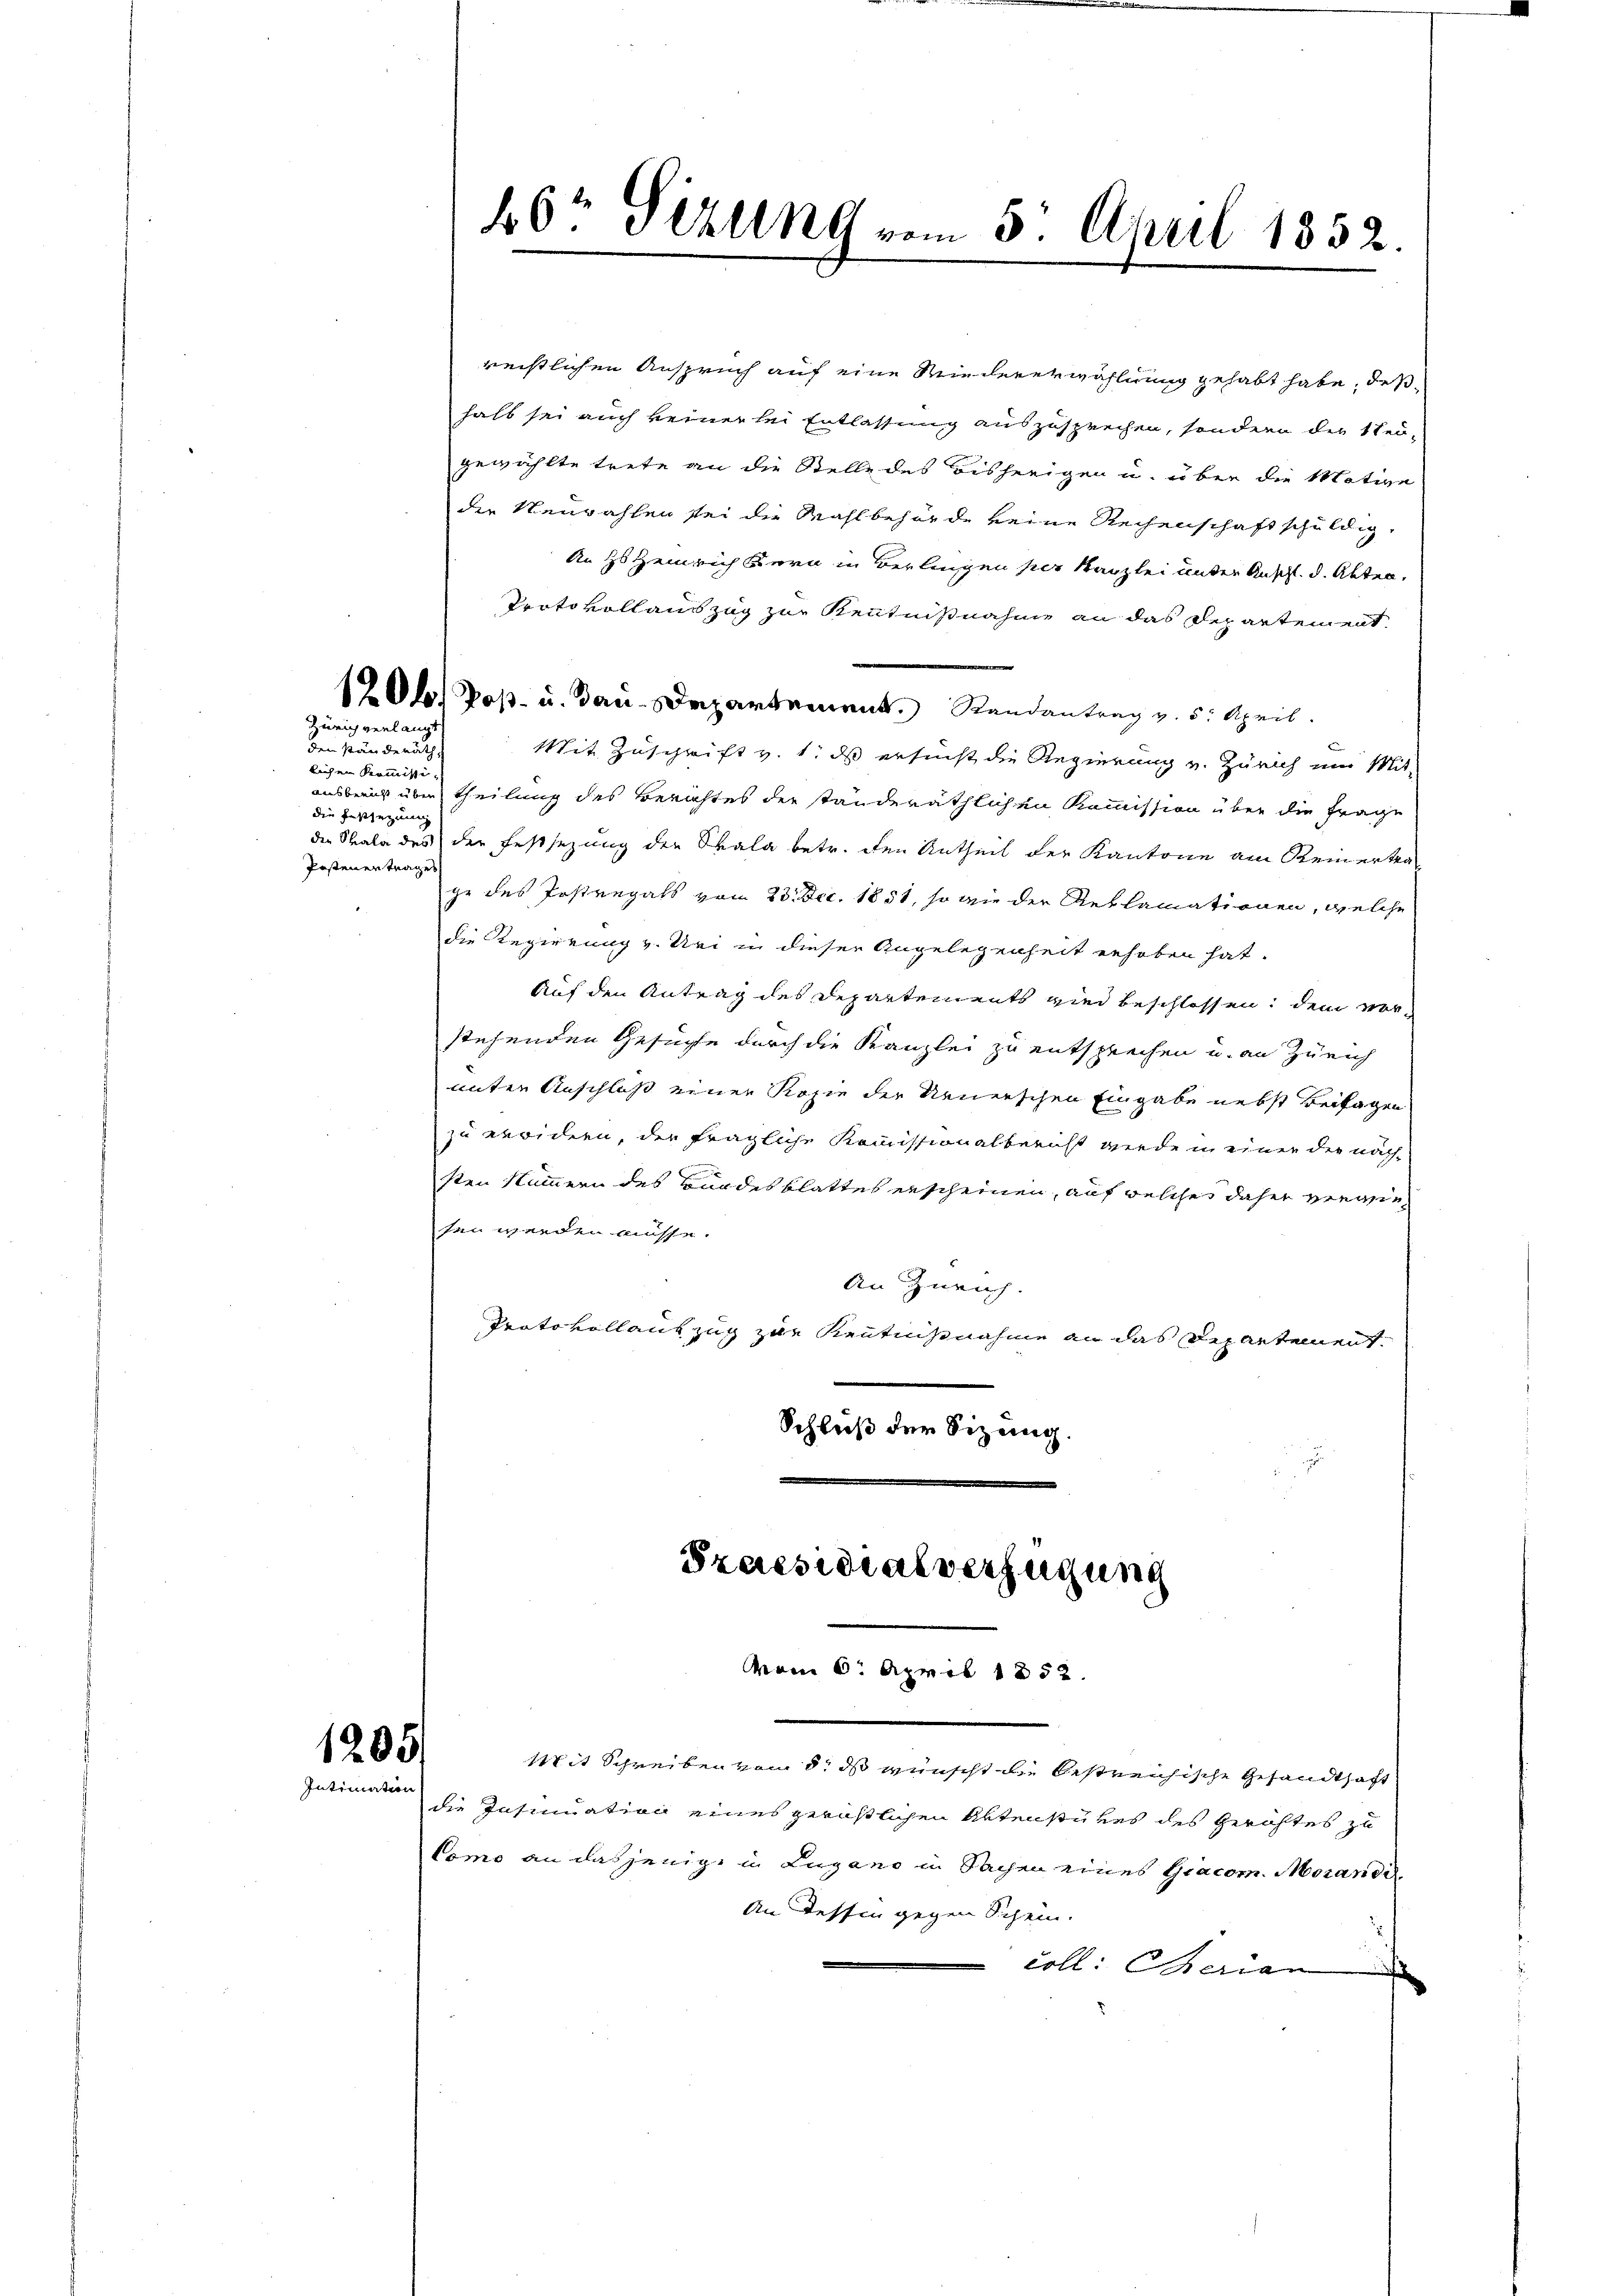
Zürich verlangt

den Ständerath,
lichen Kommission
die Festsezung
Postener trage

reistlichen Anspruch auf eine Wiedererwählung gehabt habe, deßhalb sei auch keiner bei Entlassung auszusprechen, sondern die Steugewählte trete an die Stelle des Bisherigen u. über die Motive
der Neuwahlen sei die Wahlbehörde keine Rechenschaft schuldig,
An Hs. Heinrich Bern in Berlingen per Kanzlei unter Anschl. d. Akten,
Protokollauszug zur Kenntnißnahme an das Departement.
120b) Poß- u. Bau-Departement. Randantrag v. 5. April.
Mit Zuschrift v. 1. ds ersucht die Regierung u. Zürich um Mitausbreis über theilung des Berichtes der ständeräthlichen Kommission über die Frage
die Sala des der Festsezung der Skala betr. den Antheil der Kantone am Reinertra
ge des Instregals vom 23. Dec. 1851, so wie der Reklamationen, welche
die Regierung v. Uri in dieser Angelegenheit erhoben hat.
Auf den Antrag des Departements wird beschlossen, dem vor-
stehenden Gesuche durch die Kanzlei zu entsprechen u. an Zürich
unter Anschluß einer Kopie der Neuerschen Eingabe nebst Beilagen
zu weridern, der fragliche Kommissionalbericht werde in einer die nächsten Nummern des Bundesblattes erscheinen, auf welches daher verwiefen werden müsse.
An Zürich.
Protokollauszug zur Kenntnisnahme an das Departement.
Schluß der Sizung.
.

1205
Intimation

40r Sizung vom 5. April 1852.

vom 6. April 1852.

Praesidialverfügung

Mit Schreiben vom 8. ds wünscht die bestreichische Gesandthaft
die Insinuation eines geröstlichen Aktenstükes des Gerichtes zu
Como an dasjenige in Lugano in Sachen eines Giacom. Morand¬
An Tessin gegen Schein.
coll. Marian